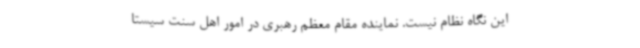
این نگاه نظام نیست. نماینده مقام معظم رهبری در امور اهل سنت سیستا